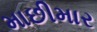
માછીમાર